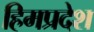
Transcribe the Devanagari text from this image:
हिमप्रदेश